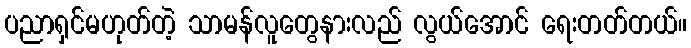
ပညာရှင်မဟုတ်တဲ့ သာမန်လူတွေနားလည် လွယ်အောင် ရေးတတ်တယ်။